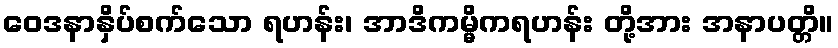
ဝေဒနာနှိပ်စက်သော ရဟန်း၊ အာဒိကမ္မိကရဟန်း တို့အား အနာပတ္တိ။